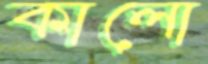
কালো